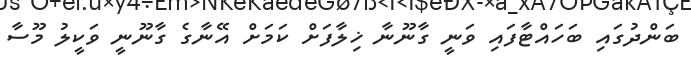
ބަންދުގައި ބަހައްޓާފައި ވަނީ ގާނޫނާ ޚިލާފަށް ކަމަށް އޭނާގެ ގާނޫނީ ވަކީލު މޫސާ